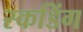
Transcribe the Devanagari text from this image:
स्कडिंग